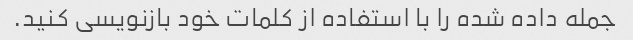
جمله داده شده را با استفاده از کلمات خود بازنویسی کنید.